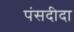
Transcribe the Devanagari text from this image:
पंसदीदा